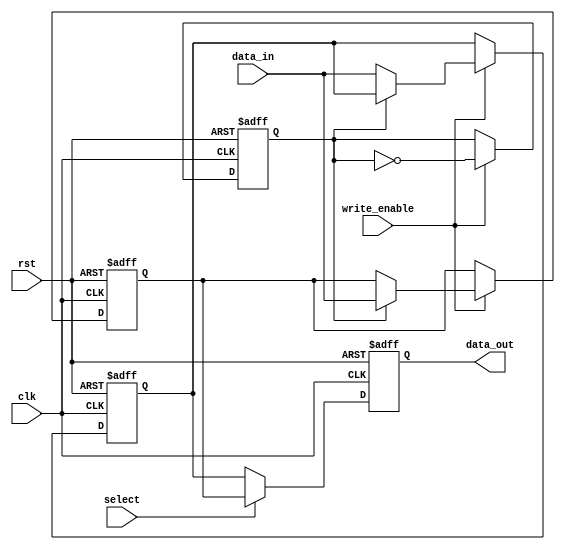
module double_buffer_register (
    input wire clk,
    input wire rst,
    input wire write_enable,
    input wire [31:0] data_in, // Assuming 32-bit data width
    input wire select, // 0 for buffer0, 1 for buffer1
    output reg [31:0] data_out
);

    // Buffer registers
    reg [31:0] buffer0;
    reg [31:0] buffer1;

    // Control signal to track which buffer is active for writing
    reg current_buffer;

    always @(posedge clk or posedge rst) begin
        if (rst) begin
            // Reset both buffers to zero
            buffer0 <= 32'b0;
            buffer1 <= 32'b0;
            current_buffer <= 1'b0; // Start with buffer0
            data_out <= 32'b0;
        end else begin
            // Update data_out based on the selected buffer
            if (select) begin
                data_out <= buffer1; // Read from buffer1
            end else begin
                data_out <= buffer0; // Read from buffer0
            end

            // Handle write operation
            if (write_enable) begin
                if (current_buffer) begin
                    buffer1 <= data_in; // Write to buffer1
                end else begin
                    buffer0 <= data_in; // Write to buffer0
                end
                
                // Toggle the current buffer for the next write
                current_buffer <= ~current_buffer;
            end
        end
    end

endmodule